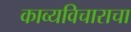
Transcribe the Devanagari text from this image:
काव्यविचाराचा